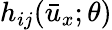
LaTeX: h_{ij}(\bar{u}_{x};\theta)